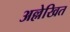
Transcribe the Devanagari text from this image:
अल्लेखित